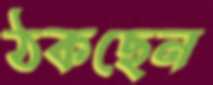
ঠকছেন